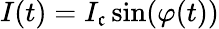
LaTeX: I(t)=I_{\mathfrak{c}}\sin(\varphi(t))